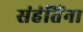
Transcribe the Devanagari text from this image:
संहंतिंना